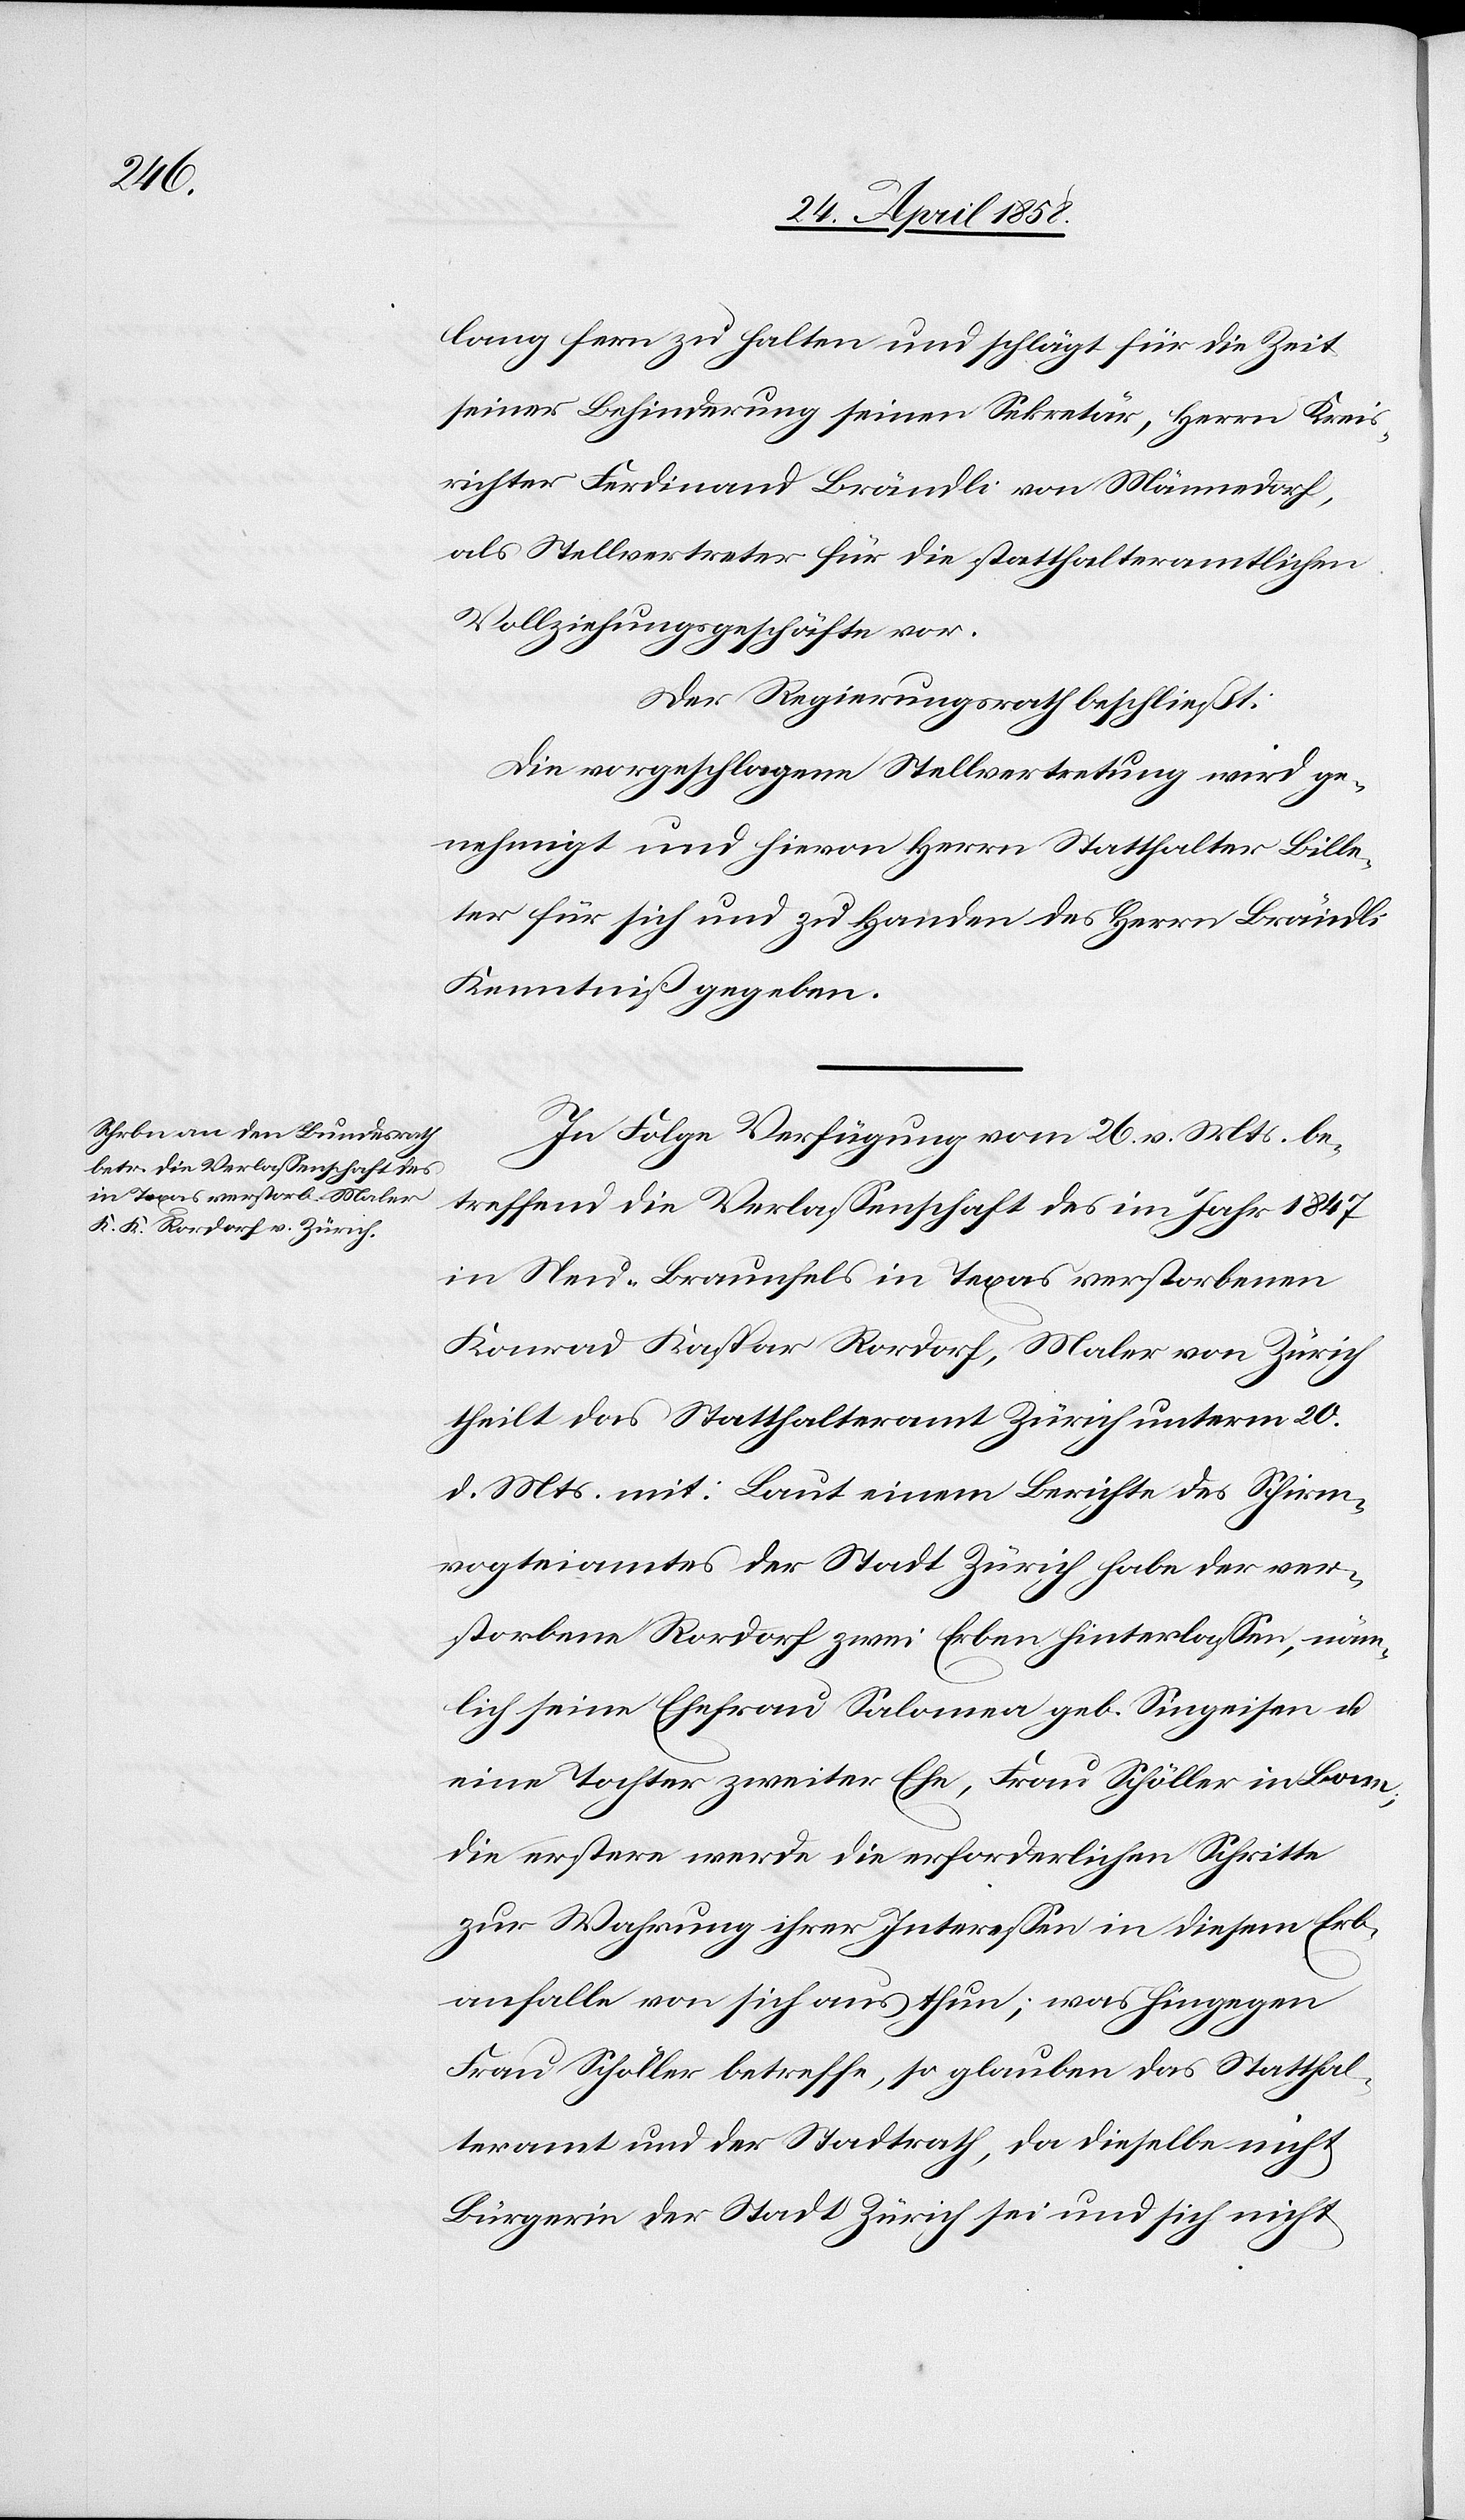
lang fern zu halten und schlägt für die Zeit
seiner Behinderung seinen Sekretär, Herrn Kreis¬
richter Ferdinand Brändli von Männedorf,
als Stellvertreter für die statthalteramtlichen
Vollziehungsgeschäfte vor.
Der Regierungsrath beschließt:
Die vorgeschlagene Stellvertretung wird ge¬
nehmigt und hievon Herrn Statthalter Bille¬
ter für sich und zu Handen des Herrn Brändli
Kenntniß gegeben.
In Folge Verfügung vom 26. v. Mts. be¬
treffend die Verlassenschaft des im Jahr 1847
in Neu-Braunfels in Texas verstorbene
Konrad Kaspar Rordorf, Maler von Zürich
theilt das Statthalteramt Zürich unterm 20.
d. Mts. mit: Laut einem Berichte des Schirm¬
vogteiamtes der Stadt Zürich habe der ver¬
storbene Rordorf zwei Erben hinterlassen, näm¬
lich seine Ehefrau Salomea geb. Singeisen u.
eine Tochter zweiter Ehe, Frau Schöller in Bonn;
die erstere werde die erforderlichen Schritte
zur Wahrung ihrer Interessen in diesem Erb¬
anfalle von sich aus thun; was hingegen
Frau Schöller betreffe, so glauben das Statthal¬
teramt und der Stadtrath, da dieselbe nicht
Bürgerin der Stadt Zürich sei und sich nicht